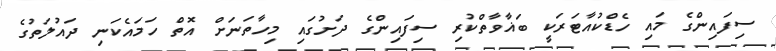
ސިފައިންގެ މައި ހެޑްކުއާޓަރަކީ ބަޣާވާތްކުރި ސިފައިންގެ ދަށުގައި މިހާތަނަށް އޮތް ހަމައެކަނި ދައުލަތުގެ